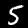
Label: 5